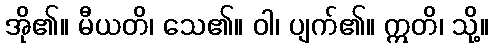
အို၏။ မီယတိ၊ သေ၏။ ဝါ၊ ပျက်၏။ ဣတိ၊ သို့။